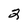
Character: 2